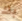
بك